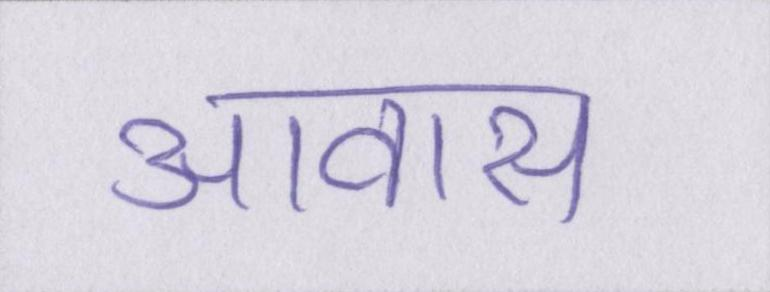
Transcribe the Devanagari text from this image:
आवास